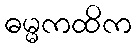
ဓမ္မကထိက